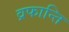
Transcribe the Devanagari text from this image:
व्रफान्ति